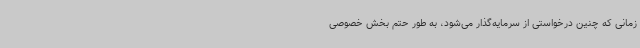
زمانی که چنین درخواستی از سرمایه‌گذار می‌شود، به طور حتم بخش خصوصی